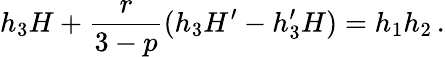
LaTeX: h_{3}H+\frac{r}{3-p}(h_{3}H^{\prime}-h_{3}^{\prime}H)=h_{1}h_{2}\, .